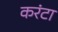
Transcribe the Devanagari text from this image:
करंटा